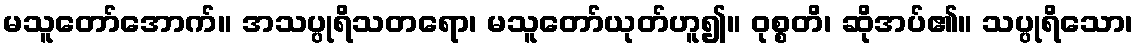
မသူတော်အောက်။ အသပ္ပုရိသတရော၊ မသူတော်ယုတ်ဟူ၍။ ဝုစ္စတိ၊ ဆိုအပ်၏။ သပ္ပုရိသော၊